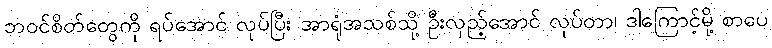
ဘဝင်စိတ်တွေကို ရပ်အောင် လုပ်ပြီး အာရုံအသစ်သို့ ဦးလှည့်အောင် လုပ်တာ၊ ဒါကြောင့်မို့ စာပေ